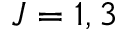
J = 1 , 3